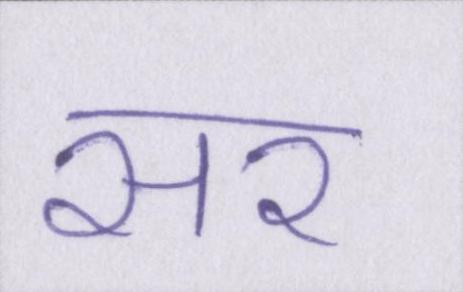
सर